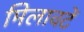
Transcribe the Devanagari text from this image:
मिलावटें